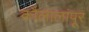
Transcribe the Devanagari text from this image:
कौलालांपूर